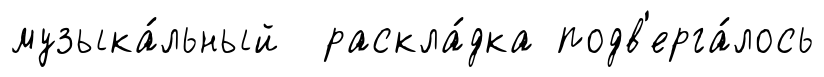
музыка́льный раскла́дка подв'ерга́лось